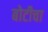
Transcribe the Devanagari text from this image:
बोटीचा